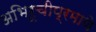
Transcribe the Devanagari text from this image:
अभिरूचीप्रमाणे